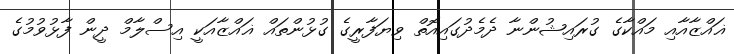
ޣައްޒާއާއި މައްކާގެ ގުރައިޝުންނާ ދެމެދުގައިއޮތް ވިޔަފާރީގެ ގުޅުންތައް ޣައްޒާއަކީ އިސްލާމް ދީން ފާޅުވުމުގެ